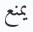
یمنع